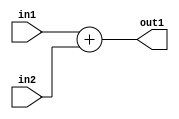
`timescale 1ps / 1ps
/*****************************************************************************
    Verilog RTL Description
    
    
    Created by: CellMath Designer 2019.1.01 
*******************************************************************************/

module DFT_compute_entirecomputation_alt5_1_0 (
	in1,
	in2,
	out1
	); /* architecture "behavioural" */ 
input [7:0] in1,
	in2;
output [7:0] out1;
wire [7:0] asc001;

assign asc001 = 
	+(in1)
	+(in2);

assign out1 = asc001;
endmodule

/* CADENCE  ubDxSwA= : u9/ySgnWtBlWxVPRXgAZ4Og= ** DO NOT EDIT THIS LINE ******/